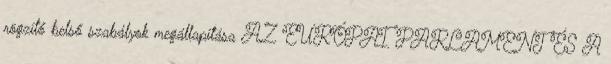
rögzítő belső szabályok megállapítása AZ EURÓPAI PARLAMENT ÉS A